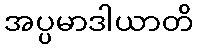
အပ္ပမာဒါယာတိ